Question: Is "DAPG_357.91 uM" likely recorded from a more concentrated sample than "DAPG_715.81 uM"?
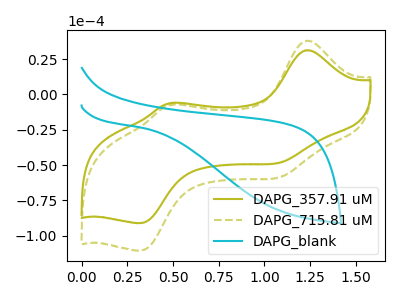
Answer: <think>The olive curve "DAPG_357.91 uM" has anodic peaks at (1.25V, 31.40uA) (0.50V, -5.85uA) and cathodic peaks at (1.10V, -47.65uA) (0.35V, -90.95uA). The olive dashed curve "DAPG_715.81 uM" has anodic peaks at (1.25V, 38.10uA) (0.50V, -7.10uA) and cathodic peaks at (1.10V, -57.85uA) (0.35V, -110.40uA). The cyan curve "DAPG_blank" has no peaks.
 All the peaks in "DAPG_357.91 uM" have a peak in "DAPG_715.81 uM" at the same potential.</think>
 <answer>I cant tell if "DAPG_357.91 uM" or "DAPG_715.81 uM" has more signal.</answer>
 <eval>mixed_signal</eval>